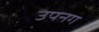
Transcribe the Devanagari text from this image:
उपनग